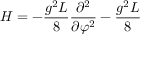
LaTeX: H = - \frac { g ^ { 2 } L } { 8 } \frac { \partial ^ { 2 } } { \partial \varphi ^ { 2 } } - \frac { g ^ { 2 } L } { 8 }